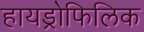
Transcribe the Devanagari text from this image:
हायड्रोफिलिक